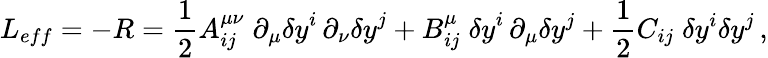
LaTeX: L_{eff}=-R=\frac{1}{2}A_{ij}^{\mu\nu}\; \partial_{\mu}{\delta y}^{i}\, \partial_{\nu}{\delta y}^{j}+B_{ij}^{\mu}\; {\delta y}^{i}\, \partial_{\mu}\delta y^{j}+\frac{1}{2}C_{ij}\; \delta y^{i}\delta y^{j}\, ,